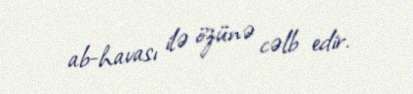
ab-havası ilə özünə cəlb edir.